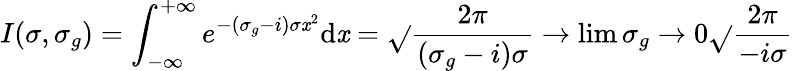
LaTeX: I(\sigma,\sigma_{g})=\int_{-\infty}^{+\infty}e^{-(\sigma_{g}-i)\sigma\mathit{x}^{2}}\mathrm{{d}}\mathit{x}=\sqrt{}{{\frac{{2\pi}}{{(\sigma_{g}-i)\sigma}}}}\xrightarrow{}{{\operatorname*{lim}{\sigma_{g}\rightarrow0}}}\sqrt{}{{\frac{{2\pi}}{{-i\sigma}}}}